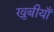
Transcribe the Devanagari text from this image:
खुबीयाँ